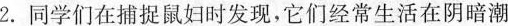
2.同学们在捕捉鼠妇时发现，它们经常生活在阴暗潮